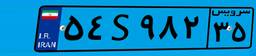
۴۶S۴۵۳۷۰